Annual report on the lock hospitals of the Madras Presidency
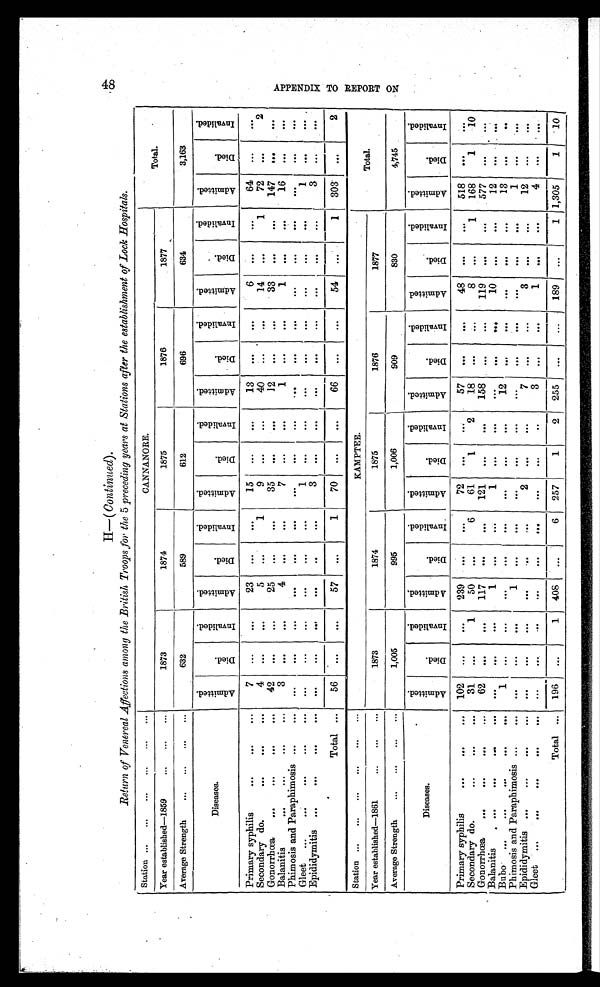
1-3
0 0
H
H—(continued).
Return of Venereal Affections among the British Troops for the 5 preceding years at Stations after the establishment of Lock Hospitals.
Station ...
... ... ... ... ...
CANNANORE.
Total.
Year established—1859
...
...
...
1873
1874
1875
1876
1877
Average Strength
. . .
. . .
. . .
. . .
632
589
612
696
634
3,163
Diseases.
a d m i t t e d .
D i e d .
I n v a l i d e d .
A d m i t t e d .
D i e d .
I n v a l i d e d .
A d m i t t e d .
D i e d .
I n v a l i d e d .
A d m i t t e d .
D i e d .
I n v a l i d e d .
A d m i t t e d .
D i e d .
I n v a l i d e d .
A d m i t t e d .
D i e d .
I n v a l i d e d .
Primary syphilis
. . .
. . .
. . .
7
. . .
. . .
23
. . .
. . .
15
...
. . .
13
. . .
. . .
6
. . .
. . .
64
...
. . .
Secondary do.
. . .
. . .
. . .
4
. . .
. . .
5
. . .
1
9
. . .
...
40
. . .
. . .
14
. . .
1
72
. . .
2
Gonorrhœa
. . .
. . .
. . .
. . . 42
. . .
. . .
25
. . .
. . .
35
. . .
. . .
12
. . .
. . .
33
. . .
. . .
147
. . .
. . .
Balanitis
. . .
. . .
. . .
. . .
3
. . .
. . .
4
. . .
. . .
7
...
. . .
1
. . .
. . .
1
. . .
. . .
16
. . .
. . .
Phimosis and Paraphimosis ...
. . . ...
. . .
. . .
. . .
. . .
. . .
. . .
. . .
. . .
. . .
. . .
. . .
. . .
. . .
. . .
. . .
. . .
. . .
Gleet ...
. . .
. . .
. . .
. . .
. . .
...
. . .
. . .
. . .
. . .
1
. . .
. . .
. . .
. . .
. . .
. . .
. . .
. . .
1
. . .
. . .
Epididymitis ...
. . .
. . .
. . . ...
. . .
. . .
. . . ..
. . .
3
. . .
. . .
. . .
. . .
. . .
. . .
. . .
...
3
...
. . .
Total
. . . 56
. . .
. . .
57
. . .
1
70
. . .
. . .
66
...
. . .
54
. . .
1
303
. . .
2
Station ...
...
. . .
. . .
...
. . .
KAMPTEE.
Total.
Year established—1861
. . .
. . .
. . .
1873
1874
1875
1876
1877
Average Strength
...
...
. . .
. . .
1,005
995
1,006
909
830
4,745
Diseases.
A d m i t t e d .
D i e d .
I n v a l i d e d .
A d m i t t e d .
D i e d .
I n v a l i d e d .
A d m i t t e d .
D i e d .
I n v a l i d e d .
A d m i t t e d .
D i e d .
I n v a l i d e d .
A d m i t t e d .
D i e d .
I n v a l i d e d .
A d m i t t e d .
Died.
I n v a l i d e d .
Primary syphilis
. . .
...
. . . 102
...
. . .
239
. . .
. . .
72
. . .
. . . 57
. . .
. . .
48
. . .
. . .
518
. . .
. . .
Secondary do.
...
. . .
. . .
31
. . .
1
50
. . .
6
61
1
2
18
. . .
. . .
8
. . .
1
168
1
10
Gonorrhœa
. . .
. . .
. . .
. . .
62
. . .
. . .
117
. . .
. . .
121
. . .
. . .
158
. . .
. . .
119
. . .
...
577
. . .
. . .
Balanitis
. . .
. . .
. . .
. . .
. . .
. . .
. . .
1
. . .
. . .
1
. . .
. . .
. . .
. . .
. . .
10
. . .
. . .
12
. . .
. . .
Bubo ...
...
. . .
...
. . .
1
. . .
. . .
. . .
. . .
. . .
. . .
. . .
. . .
12
. . .
. . .
. . .
. . .
. . .
13
. . .
. . .
Phimosis and Paraphimosis ...
. . .
. . .
. . .
. . .
1
. . .
. . .
. . .
. . .
. . .
. . .
. . .
. . .
. . .
. . .
. . .
1
. . .
. . .
Epididymitis ...
. . .
. . .
. . .
. . .
. . .
. . .
. . .
. . .
. . .
2
. . .
. . .
7
. . .
. . .
3
. . .
. . .
12
. . .
. . .
Gleet
. . .
. . .
. . .
. . .
. . .
. . .
. . .
. . .
. . .
. . .
. . .
. . .
. . .
. . .
3
. . .
. . .
1
. . .
. . .
4
. . .
. . .
Total ... 196
. . .
1 408
. . .
6
257
1
2
255
. . .
. . .
189
. . .
1 1,305
1
10